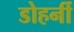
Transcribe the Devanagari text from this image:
डोहर्नी